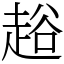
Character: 䞱